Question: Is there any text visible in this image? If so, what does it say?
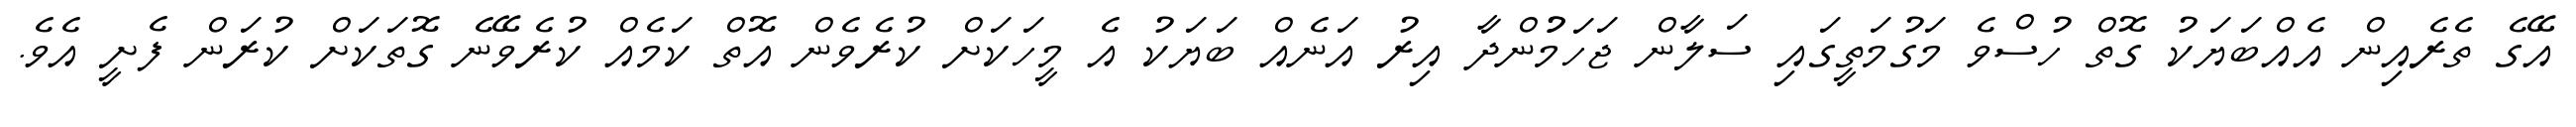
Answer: އޭގެ ތެރެއިން އެއްބަޔަކު ގޮތް ހުސްވެ މަގުމަތީގައި ސަލާން ޖަހަމުުންދާ އިރު އަނެއް ބަޔަކު އެ މީހަކަށް ކުރެވެން އޮތް ކަމެއް ކުރެވޭނެ ގޮތަކަށް ކުރަން ފެށީ އެވެ.